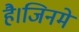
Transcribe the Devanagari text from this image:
है।जिनमे